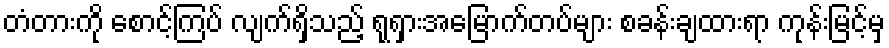
တံတားကို စောင့်ကြပ် လျက်ရှိသည့် ရုရှားအမြောက်တပ်များ စခန်းချထားရာ ကုန်းမြင့်မှ